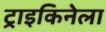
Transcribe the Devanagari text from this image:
ट्राइकिनेला